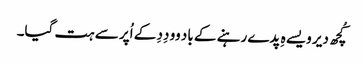
کُچھ دیر ویسے ہِ پدے رہنے کے باد وو دِدِ کے اُپر سے ہت گیا۔